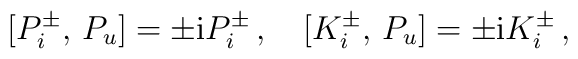
{} [P_i^\pm,\,P_u]=\pm {\rm i}P_i^\pm\,,\quad{} [K_i^\pm,\,P_u]=\pm {\rm i}K_i^\pm\,,